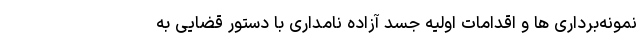
نمونه‌برداری ها و اقدامات اولیه جسد آزاده نامداری با دستور قضایی به